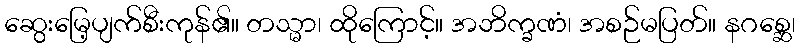
ဆွေးမြေ့ပျက်စီးကုန်၏။ တသ္မာ၊ ထိုကြောင့်။ အဘိက္ခဏံ၊ အစဉ်မပြတ်။ နဂစ္ဆေ၊